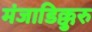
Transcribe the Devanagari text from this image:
मंजाडिक्कुरु